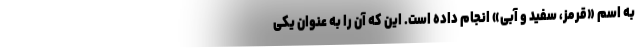
به اسم «قرمز، سفید و آبی» انجام داده است. این که آن را به عنوان یکی